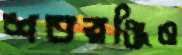
শতরঞ্জিও